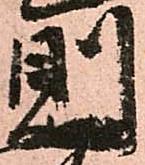
則